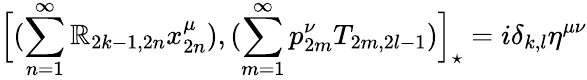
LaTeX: \Big[(\sum_{n=1}^{\infty}\mathbb{R}_{2k-1,2n}x_{2n}^{\mu}),(\sum_{m=1}^{\infty}p_{2m}^{\nu}T_{2m,2l-1})\Big]_{\star}=i\delta_{k,l}\eta^{\mu\nu}